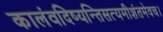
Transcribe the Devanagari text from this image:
कालंवदिष्यन्तिसत्यमीशंतमेवच।